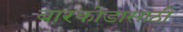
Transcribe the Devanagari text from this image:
बारकोडासाठी